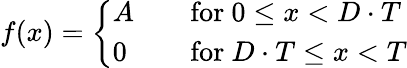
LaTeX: f(x)={\left\{ \begin{array}{ll}{A}&{\quad{\mathrm{for~}}0\leq x<D\cdot T}\\ {0}&{\quad{\mathrm{for~}}D\cdot T\leq x<T}\end{array}\right.}